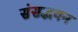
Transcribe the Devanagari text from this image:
संसद्भवन